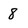
Character: 8